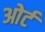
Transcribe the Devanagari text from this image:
ओर्ट